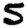
Digit: 5